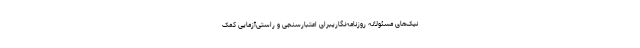
نیک‌های مسئولانه روزنامه‌نگاریبرای اعتبارسنجی و راستی‌آزمایی کمک